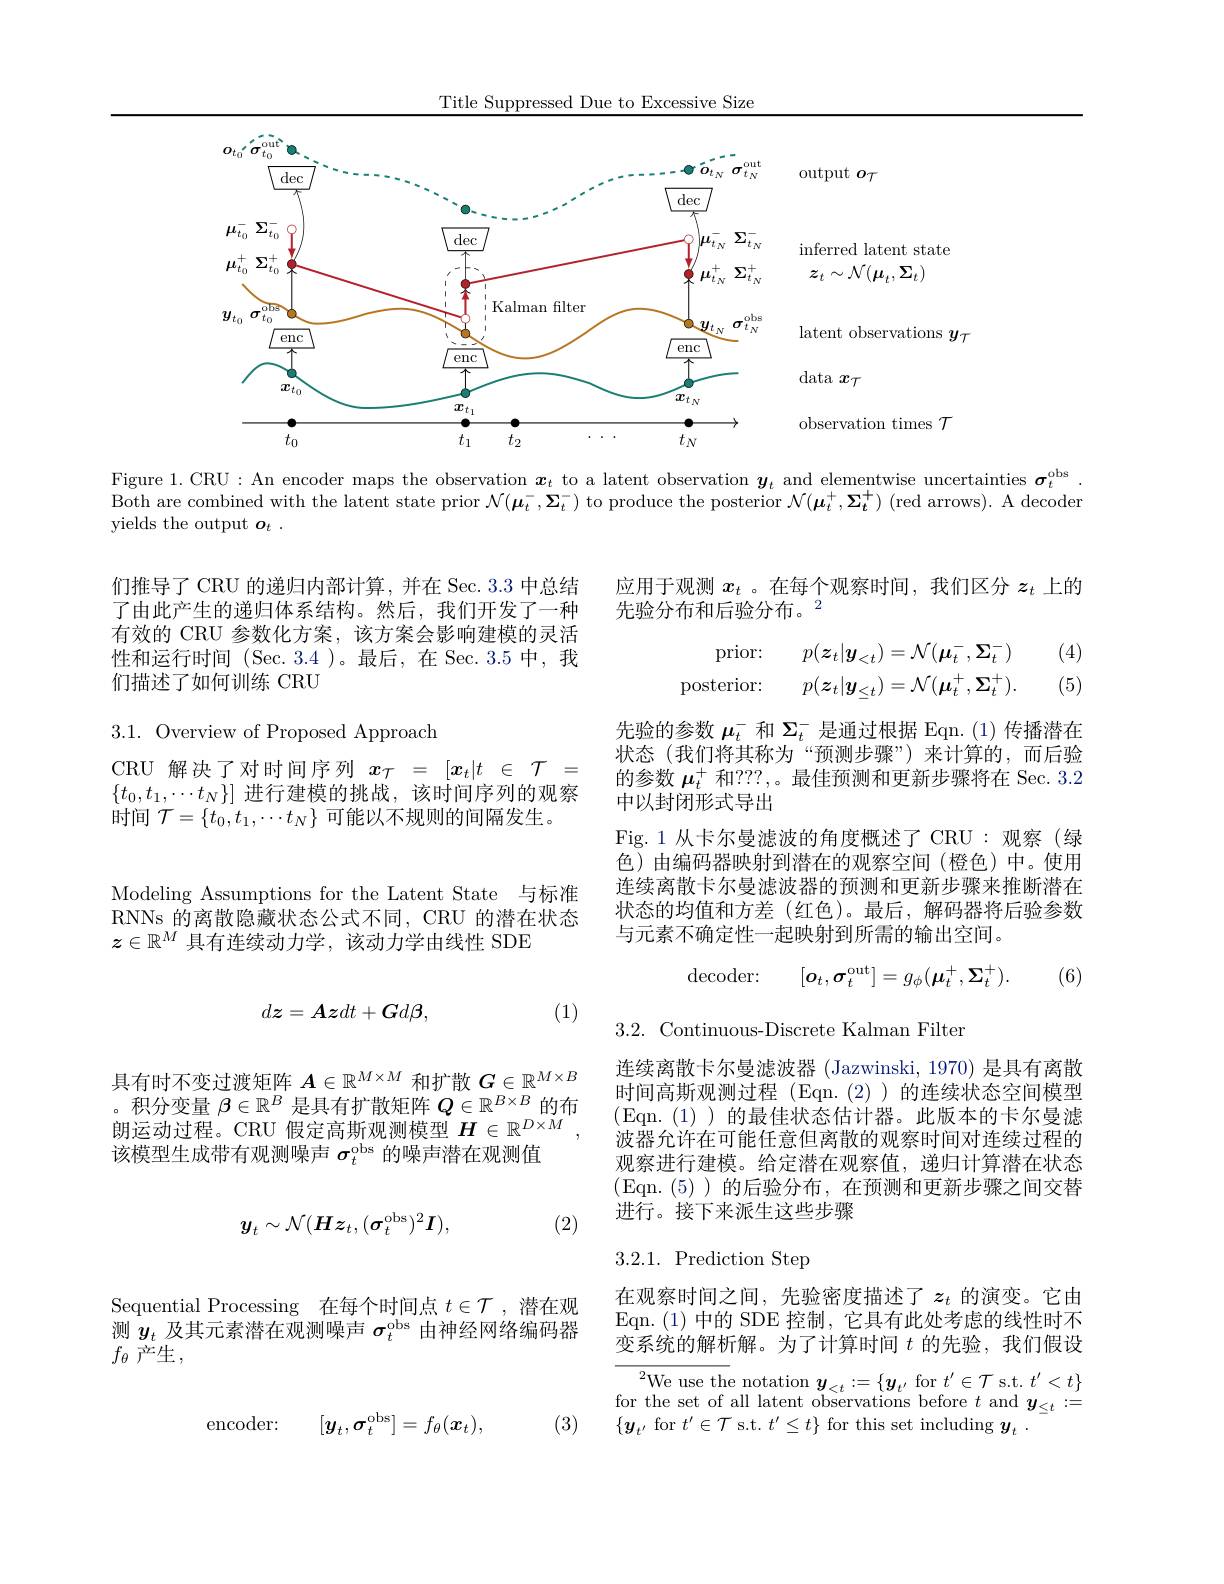
Title Suppressed Due to Excessive Size

<FigureHere>
Figure 1. CRU : An encoder maps the observation $x_t$ to a latent observation $y_t$ and elementwise uncertainties $\sigma_t^\mathrm{obs}$

Both are combined with the latent state prior $\mathcal{N}(\boldsymbol{\mu}_t^-,\boldsymbol{\Sigma}_t^-)$ to produce the posterior $\mathcal{N}(\boldsymbol{\mu}_t^+,\boldsymbol{\Sigma}_t^+)$ (red arrows). A decoder
yields the output $o_t.$

们推导了 CRU 的递归内部计算，并在 Sec. 3.3 中总结了由此产生的递归体系结构。然后，我们开发了一种有效的 CRU 参数化方案，该方案会影响建模的灵活性和运行时间 (Sec. 3.4 )。最后，在 Sec. 3.5 中，我们描述了如何训练 CRU

3.1. Overview of Proposed Approach

CRU 解决了对时间序列$x_{\mathcal{T}}=[x_t|t\in\mathcal{T}=$ $\{t_0,t_1,\cdots t_N\}]$进行建模的挑战，该时间序列的观察时间$\mathcal{T}=\{t_0,t_1,\cdots t_N\}$可能以不规则的间隔发生。

应用于观测$x_t$ 。在每个观察时间，我们区分$z_t$上的
先验分布和后验分布。$^{2}$

(4)
$$\begin{aligned}\text{prior:}&p(\boldsymbol{z}_{t}|\boldsymbol{y}_{<t})=\mathcal{N}(\boldsymbol{\mu}_{t}^{-},\boldsymbol{\Sigma}_{t}^{-})\\\text{posterior:}&p(\boldsymbol{z}_{t}|\boldsymbol{y}_{\leq t})=\mathcal{N}(\boldsymbol{\mu}_{t}^{+},\boldsymbol{\Sigma}_{t}^{+}).\end{aligned}$$
(5)

先验的参数$\mu_t^-$和$\Sigma_t^-$是通过根据 Eqn.(1)传播潜在状态(我们将其称为“预测步骤”)来计算的，而后验的参数$\boldsymbol{\mu}_t^+$和？??,。最佳预测和更新步骤将在 Sec. 3.2中以封闭形式导出

Fig.1 从卡尔曼滤波的角度概述了 CRU :观察(绿色)由编码器映射到潜在的观察空间(橙色)中。使用连续离散卡尔曼滤波器的预测和更新步骤来推断潜在状态的均值和方差(红色)。最后，解码器将后验参数与元素不确定性一起映射到所需的输出空间。

(6)
$$\mathrm{decoder:}\quad[\boldsymbol{o}_{t},\boldsymbol{\sigma}_{t}^{\mathrm{out}}]=g_{\phi}(\boldsymbol{\mu}_{t}^{+},\boldsymbol{\Sigma}_{t}^{+}).$$
3.2. Continuous-Discrete Kalman Filter

Modeling Assumptions for the Latent State 与标准RNNs 的离散隐藏状态公式不同，CRU 的潜在状态$z\in\mathbb{R}^M$具有连续动力学，该动力学由线性 SDE
$$d\boldsymbol{z}=\boldsymbol{Az}dt+\boldsymbol{G}d\boldsymbol{\beta},$$
(1)

具有时不变过渡矩阵$A\in\mathbb{R}^M\times M$和扩散$G\in\mathbb{R}^M\times B$ 。积分变量$\beta\in\mathbb{R}^B$是具有扩散矩阵$Q\in\mathbb{R}^B\times B$的布朗运动过程。CRU 假定高斯观测模型$H\in\mathbb{R}^D\times M$ 该模型生成带有观测噪声$\sigma_t^\mathrm{obs}$的噪声潜在观测值
$$y_t\sim\mathcal{N}(Hz_t,(\sigma_t^\mathrm{obs})^2\boldsymbol{I}),$$
(2)

连续离散卡尔曼滤波器 (Jazwinski, 1970) 是具有离散时间高斯观测过程(Eqn.(2))的连续状态空间模型(Eqn.(1))的最佳状态估计器。此版本的卡尔曼滤波器允许在可能任意但离散的观察时间对连续过程的观察进行建模。给定潜在观察值，递归计算潜在状态(Eqn.(5))的后验分布，在预测和更新步骤之间交替进行。接下来派生这些步骤

## $3.2.1.{\mathrm{~Prediction~Step}}$

在观察时间之间，先验密度描述了$z_t$的演变。它由Eqn.(1)中的 SDE 控制，它具有此处考虑的线性时不变系统的解析解。为了计算时间$t$的先验，我们假设

${\overline{{^2}\text{We use th}}}$e notation$y_<t:=\{y_{t^{\prime}}$for $t^\prime\in\mathcal{T}$ s.t. $t^\prime<t\}$ $\begin{array}{l}\text{for the set of all latent observations before }t\mathrm{~and~}\boldsymbol{y}_{\leq t}:=\\\{\boldsymbol{y}_{t^{\prime}}\mathrm{~for~}t^{\prime}\in\mathcal{T}\mathrm{~s.t.~}t^{\prime}\leq t\}\mathrm{~for~this~set~including~}\boldsymbol{y}_{t}\:.\end{array}$

Sequential Processing 在每个时间点$t\in\mathcal{T}$ ,潜在观测$y_t$及其元素潜在观测噪声$\sigma_t^\mathrm{obs}$由神经网络编码器$f_\theta$ 产生，
$$\text{encoder:}\quad[y_t,\sigma_t^\mathrm{obs}]=f_\theta(\boldsymbol{x}_t),$$
(3)